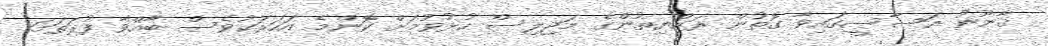
ޤާނޫނު އަސާސީގައިވާ ގޮތުން ރައްޔިތުންގެ މަޖިލިސް ހުޅުވުމަށް ކޮންމެ އަހަރަކުވެސް ބާއްވާ ފުރަތަމަ